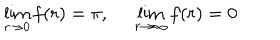
\lim _ { r \rightarrow 0 } f ( r ) = \pi , \: \: \: \: \: \: \lim _ { r \rightarrow \infty } f ( r ) = 0